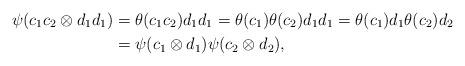
LaTeX: \begin{align*} \psi(c_1c_2\otimes d_1d_1)&=\theta(c_1c_2)d_1d_1=\theta(c_1)\theta(c_2)d_1d_1=\theta(c_1)d_1\theta(c_2)d_2\\ &=\psi(c_1\otimes d_1)\psi(c_2\otimes d_2),\end{align*}